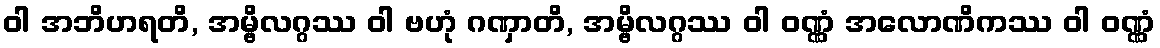
ဝါ အဘိဟရတိ, အမ္ဗိလဂ္ဂဿ ဝါ ဗဟုံ ဂဏှာတိ, အမ္ဗိလဂ္ဂဿ ဝါ ဝဏ္ဏံ အလောဏိကဿ ဝါ ဝဏ္ဏံ